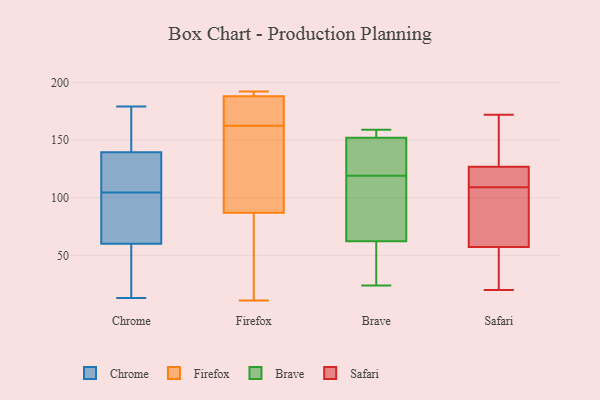
{"axis": {"x": "Latency (ms)", "y": "Value"}, "legend": ["Brave", "Chrome", "Firefox", "Safari"], "data": [{"x": "", "y": 139, "type": "Chrome"}, {"x": "", "y": 148, "type": "Chrome"}, {"x": "", "y": 15, "type": "Chrome"}, {"x": "", "y": 99, "type": "Chrome"}, {"x": "", "y": 101, "type": "Chrome"}, {"x": "", "y": 179, "type": "Chrome"}, {"x": "", "y": 13, "type": "Chrome"}, {"x": "", "y": 21, "type": "Chrome"}, {"x": "", "y": 107, "type": "Chrome"}, {"x": "", "y": 139, "type": "Chrome"}, {"x": "", "y": 102, "type": "Chrome"}, {"x": "", "y": 140, "type": "Chrome"}, {"x": "", "y": 157, "type": "Firefox"}, {"x": "", "y": 11, "type": "Firefox"}, {"x": "", "y": 44, "type": "Firefox"}, {"x": "", "y": 189, "type": "Firefox"}, {"x": "", "y": 170, "type": "Firefox"}, {"x": "", "y": 87, "type": "Firefox"}, {"x": "", "y": 168, "type": "Firefox"}, {"x": "", "y": 192, "type": "Firefox"}, {"x": "", "y": 91, "type": "Firefox"}, {"x": "", "y": 188, "type": "Firefox"}, {"x": "", "y": 67, "type": "Brave"}, {"x": "", "y": 145, "type": "Brave"}, {"x": "", "y": 111, "type": "Brave"}, {"x": "", "y": 156, "type": "Brave"}, {"x": "", "y": 155, "type": "Brave"}, {"x": "", "y": 159, "type": "Brave"}, {"x": "", "y": 151, "type": "Brave"}, {"x": "", "y": 47, "type": "Brave"}, {"x": "", "y": 129, "type": "Brave"}, {"x": "", "y": 159, "type": "Brave"}, {"x": "", "y": 24, "type": "Brave"}, {"x": "", "y": 143, "type": "Brave"}, {"x": "", "y": 119, "type": "Brave"}, {"x": "", "y": 71, "type": "Brave"}, {"x": "", "y": 48, "type": "Brave"}, {"x": "", "y": 94, "type": "Brave"}, {"x": "", "y": 25, "type": "Brave"}, {"x": "", "y": 172, "type": "Safari"}, {"x": "", "y": 138, "type": "Safari"}, {"x": "", "y": 23, "type": "Safari"}, {"x": "", "y": 118, "type": "Safari"}, {"x": "", "y": 20, "type": "Safari"}, {"x": "", "y": 105, "type": "Safari"}, {"x": "", "y": 55, "type": "Safari"}, {"x": "", "y": 97, "type": "Safari"}, {"x": "", "y": 109, "type": "Safari"}, {"x": "", "y": 63, "type": "Safari"}, {"x": "", "y": 123, "type": "Safari"}, {"x": "", "y": 112, "type": "Safari"}, {"x": "", "y": 123, "type": "Safari"}, {"x": "", "y": 149, "type": "Safari"}, {"x": "", "y": 58, "type": "Safari"}, {"x": "", "y": 146, "type": "Safari"}, {"x": "", "y": 20, "type": "Safari"}]}